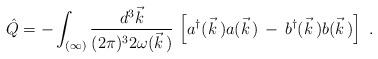
LaTeX: \begin{align*}\hat{Q}=-\int_{(\infty)}\frac{d^3\vec{k}}{(2\pi)^32\omega(\vec{k}\,)}\,\left[a^\dagger(\vec{k}\,)a(\vec{k}\,)\,-\,b^\dagger(\vec{k}\,)b(\vec{k}\,)\right]\ .\end{align*}